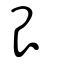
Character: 艮